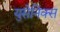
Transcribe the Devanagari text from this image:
युसेनिक्स